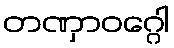
တဏှာဝဂ္ဂေါ